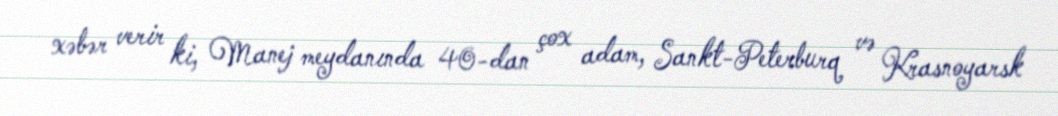
xəbər verir ki, Manej meydanında 40-dan çox adam, Sankt-Peterburq və Krasnoyarsk